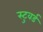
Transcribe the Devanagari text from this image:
स्टुवर्ड